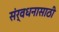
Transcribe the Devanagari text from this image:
संर्वधनासाठी